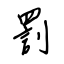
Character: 罰